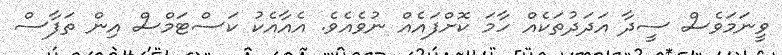
ވީނަމަވެސް ސީދާ އަދަދުތަކެއް ހާމަ ކޮށްފައެއް ނުވެއެވެ. އެއާއެކު ކަސްޓަމްސް އިން ތަފާސް